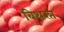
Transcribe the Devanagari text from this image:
बिथरत